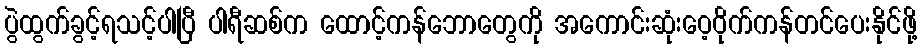
ပွဲထွက်ခွင့်ရသင့်ပါပြီ ပါရီဆစ်က ထောင့်ကန်ဘောတွေကို အကောင်းဆုံးဝေ့ဝိုက်ကန်တင်ပေးနိုင်ဖို့